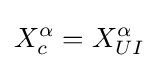
X_{c}^{\alpha }=X_{UI}^{\alpha }